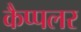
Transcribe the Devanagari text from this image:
कैप्पलर